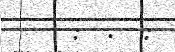
:  .  :